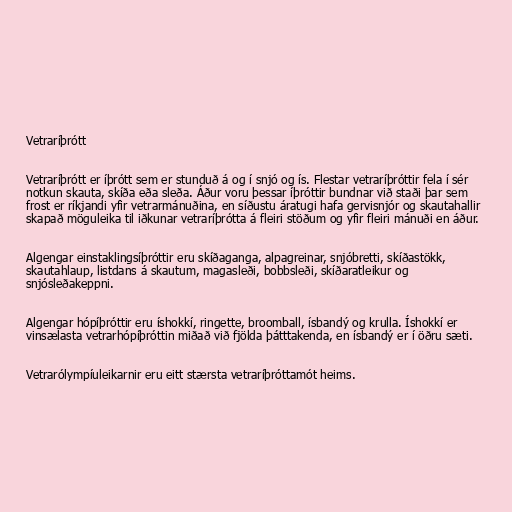
Vetraríþrótt

Vetraríþrótt er íþrótt sem er stunduð á og í snjó og ís. Flestar vetraríþróttir fela í sér
notkun skauta, skíða eða sleða. Áður voru þessar íþróttir bundnar við staði þar sem
frost er ríkjandi yfir vetrarmánuðina, en síðustu áratugi hafa gervisnjór og skautahallir
skapað möguleika til iðkunar vetraríþrótta á fleiri stöðum og yfir fleiri mánuði en áður.

Algengar einstaklingsíþróttir eru skíðaganga, alpagreinar, snjóbretti, skíðastökk,
skautahlaup, listdans á skautum, magasleði, bobbsleði, skíðaratleikur og
snjósleðakeppni.

Algengar hópíþróttir eru íshokkí, ringette, broomball, ísbandý og krulla. Íshokkí er
vinsælasta vetrarhópíþróttin miðað við fjölda þátttakenda, en ísbandý er í öðru sæti.

Vetrarólympíuleikarnir eru eitt stærsta vetraríþróttamót heims.